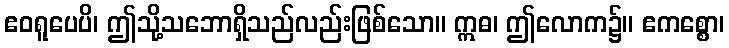
ဧဝရူပေပိ၊ ဤသို့သဘောရှိသည်လည်းဖြစ်သော။ ဣဓ၊ ဤလောက၌။ ဧကစ္စော၊